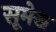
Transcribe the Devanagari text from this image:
सूमेख